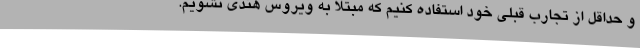
و حداقل از تجارب قبلی خود استفاده کنیم که مبتلا به ویروس هندی نشویم.